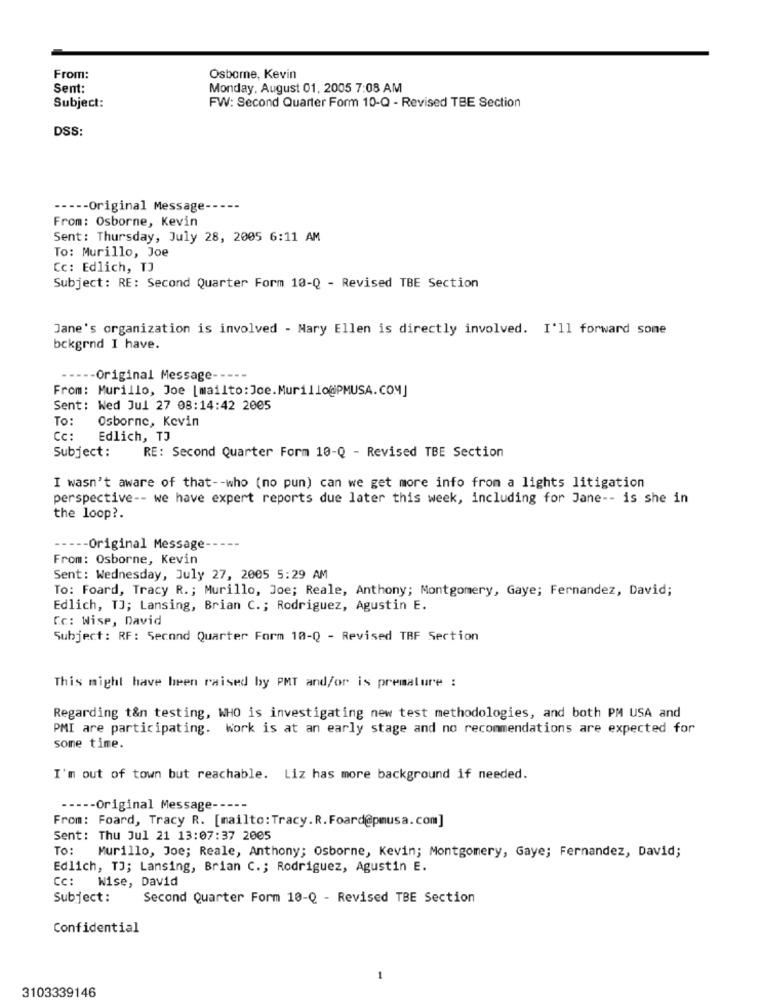
From:
Osborne, Kevin
Sent:
Monday, August 01, 2005 7:08 AM
Subject:
FW: Second Quarter Form 10-Q - Revised TBE Section
DSS:
----- Original Message-
From: Osborne, Kevin
Sent: Thursday, July 28, 2005 6:11 AM
To: Murillo, Joe
Cc: Edlich, TJ
Subject: RE: Second Quarter Form 10-Q - Revised TBE Section
Jane's organization is involved - Mary Ellen is directly involved. I'll forward some
bckgrnd I have.
---- Original Message
From: Murillo, Joe [mailto:Joe.Murillo@PMUSA.COM]
Sent: Wed Jul 27 08:14:42 2005
To:
Osborne, Kevin
Cc:
Edlich, TJ
Subject:
RE: Second Quarter Form 10-Q - Revised TBE Section
I wasn't aware of that -- who (no pun) can we get more info from a lights litigation
perspective -- we have expert reports due later this week, including for Jane -- is she in
the loop ?.
----- Original Message-
From: Osborne, Kevin
Sent: Wednesday, July 27, 2005 5:29 AM
To: Foard, Tracy R .; Murillo, Joe; Reale, Anthony; Montgomery, Gaye; Fernandez, David;
Edlich, TJ; Lansing, Brian C .; Rodriguez, Agustin E.
Cc: Wise, David
Subject: RF: Second Quarter Form 10-Q - Revised TRF Section
This might have been raised by PMT and/or is premature :
Regarding t&n testing, WHO is investigating new test methodologies, and both PM USA and
PMI are participating. Work is at an early stage and no recommendations are expected for
some time.
I'm out of town but reachable. Liz has more background if needed.
-Original Message
From: Foard, Tracy R. [mailto: Tracy. R. Foard@pmusa. com]
Sent: Thu Jul 21 13:07:37 2005
To:
Murillo, Joe; Reale, Anthony; Osborne, Kevin; Montgomery, Gaye; Fernandez, David;
Edlich, TJ; Lansing, Brian C .; Rodriguez, Agustin E.
CC :
Wise, David
Subject:
Second Quarter Form 10-Q - Revised TBE Section
Confidential
3103339146